Account of plague administration in the Bombay Presidency from September 1896 till May 1897
Year: 1896
Disease focus: Plague
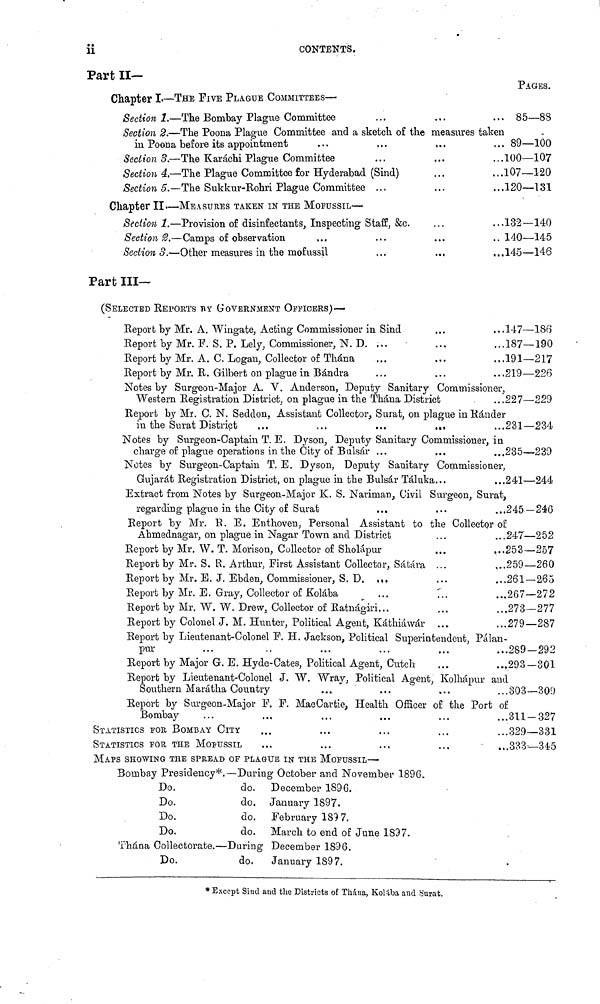
• •
11
CONTENTS.
Part II—
Chapter I.— THE FIVE PLAGUE COMMITTEES—
Section 1. — The Bombay Plague Committee ... ... ...
Section 2. — The Poona Plague Committee and a sketch of the measures taken
in Poona before its appointment ... ... ...
Section 3. — The Karachi Plague Committee ... ... ...
Section 4. — The Plague Committee for Hyderabad (Sind)
...
...
Section 5. — The Sukkur-Bohri Plague Committee ... ... ...
Chapter II. — MEASURES TAKEN IN THE MOFUSSIL —
Section 1. — Provision of disinfectants, Inspecting Staff, &c. ... ...
Section 2. — Camps of observation ... ... ... ...
Section 3. — Other measures in the mofussil ... ... ...
Part III—
(SELECTED REPORTS BY GOVERNMENT OFFICERS) —
Report by Mr. A. Wingate, Acting Commissioner in Sind ... ...
Report by Mr. F. S. P. Lely, Commissioner, N. D. ... ... ...
Report by Mr. A. C. Logan, Collector of Thána ... ... ...
Report by Mr. R. Gilbert on plague in Bándra ... ... ...
Notes by Surgeon-Major A. V. Anderson, Deputy Sanitary Commissioner,
Western Registration District, on plague in the Thána District ...
Report by Mr. C. N. Seddon, Assistant Collector, Surat, on plague in Ránder
in the Surat District
...
...
...
... ...
Notes by Surgeon-Captain T. E. Dyson, Deputy Sanitary Commissioner, in
charge of plague operations in the City of Bulsár ...
... ...
Notes by Surgeon-Captain T. E. Dyson, Deputy Sanitary Commissioner,
Gujarat Registration District, on plague in the Bulsár Táluka. .. ...
Extract from Notes by Surgeon-Major K. S. Nariman, Civil Surgeon, Surat,
regarding plague in the City of Surat ... ... ...
Report by Mr. R. E. Enthoven, Personal Assistant to the Collector of
Ahmednagar, on plague in Nagar Town and District ... ...
Report by Mr. W. T. Morison, Collector of Sholápur ... ...
Report by Mr. S. R. Arthur, First Assistant Collector, Sátára ...
...
Report by Mr. E. J. Ebden, Commissioner, S. D. ... ... ...
Report by Mr. E. Gray, Collector of Kolába ... ... ...
Report by Mr. W. W. Drew, Collector of Ratnágiri ... ... ...
Report by Colonel J. M. Hunter, Political Agent, Káthiáwár ... ...
Report by Lieutenant-Colonel P. H. Jackson, Political Superintendent, Pálan-
pur ... ... ... ... ... ...
Report by Major G. E. Hyde-Cates, Political Agent, Cutch ... ...
Report by Lieutenant-Colonel J. W. Wray, Political Agent, Kolhápur and
Southern Marátha Country ... ... ... ...
Report by Surgeon-Major F. F. MacCartie, Health Officer of the Port of
Bombay ... ... ... ... ... ...
STATISTICS FOR BOMBAY CITY ... ... ... ... ...
STATISTICS FOR THE MOFUSSIL ... ... ... ... ...
PAGES.
85—88
89—100
100—107
107—120
120—131
132—140
140—145
145—146
147—186
187—190
191—217
219—226
227—220
231—234
235—239
241—244
245 -246
247—252
253—257
259—260
261—265
267—272
273—277
.279—287
.289—292
.293—301
303—309
311-327
329—331
333—345
MAPS SHOWING THE SPREAD OF PLAGUE IN THE MOFUSSIL—
Bombay Presidency*.— During October and November 1896.
Do.
Do.
Do.
Do.
do.
do.
do.
do.
December 1896.
January 1897.
February 189 7.
March to end of June 1897.
Thána Collectorate.—During December 1896.
Do.
do. January 1897.
* Except Sind and the Districts of Thána, Kolába and Surat.